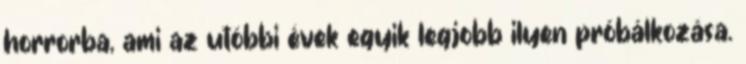
horrorba, ami az utóbbi évek egyik legjobb ilyen próbálkozása.